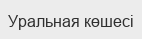
Уральная көшесі